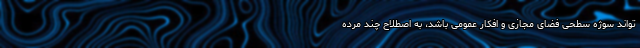
‌تواند سوژه سطحی فضای مجازی و افکار عمومی باشد، به ‌اصطلاح چند مرده